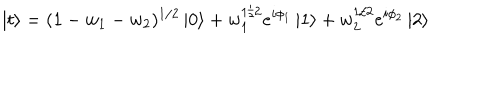
\left| t \right> = ( 1 - w _ { 1 } - w _ { 2 } ) ^ { 1 / 2 } \left| 0 \right> + w _ { 1 } ^ { 1 / 2 } e ^ { i \phi _ { 1 } } \left| 1 \right> + w _ { 2 } ^ { 1 / 2 } e ^ { i \phi _ { 2 } } \left| 2 \right>